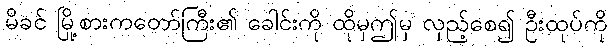
မိခင် မြို့စားကတော်ကြီး၏ ခေါင်းကို ထိုမှဤမှ လှည့်စေ၍ ဦးထုပ်ကို